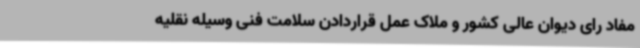
مفاد رای دیوان عالی کشور و ملاک عمل قراردادن سلامت فنی وسیله نقلیه